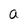
Character: a